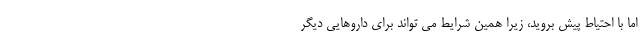
اما با احتیاط پیش بروید، زیرا همین شرایط می تواند برای داروهایی دیگر